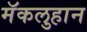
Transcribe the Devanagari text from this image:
मॅकलुहान